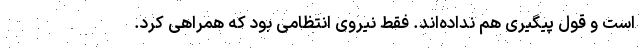
است و قول پیگیری هم نداده‌اند. فقط نیروی انتظامی بود که همراهی کرد.